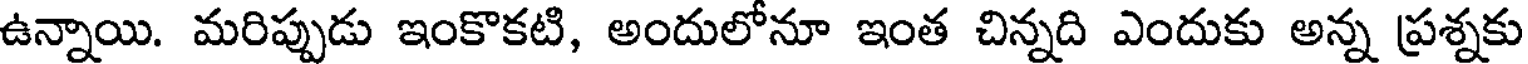
ఉన్నాయి. మరిప్పుడు ఇంకొకటి, అందులోనూ ఇంత చిన్నది ఎందుకు అన్న ప్రశ్నకు